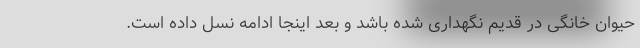
حیوان خانگی در قدیم نگهداری شده باشد و بعد اینجا ادامه نسل داده است.